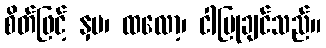
စိတ်ဖြင့် နှမ၊ ထလော့၊ ငါပြုချင်သည်။